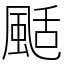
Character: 颳